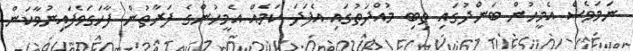
ނަމަވެސް އެމީހުން ބަންދުގައި ތިބި މުއްދަތުގައި އެފަދަ ކަމެއް އެމީހުންގެ ފަރާތުން ފާހަގަވެފައިނުވާކަން